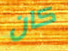
كان